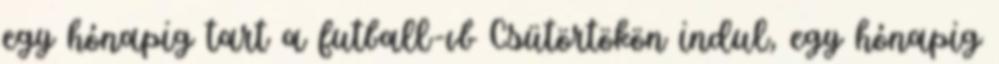
egy hónapig tart a futball-vb Csütörtökön indul, egy hónapig